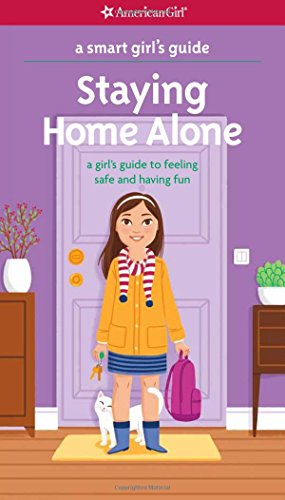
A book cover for A Smart Girl's Guide: Staying Home Alone (Revised): A Girl's Guide to Feeling Safe and Having Fun; Dottie Raymer; Children's Books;